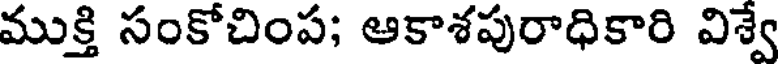
ముక్తి సంకోచింప; ఆకాశపురాధికారి విశ్వే